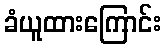
ခံယူထားကြောင်း